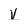
Character: V